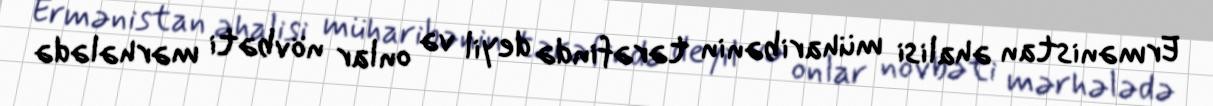
Ermənistan əhalisi müharibənin tərəfində deyil və onlar növbəti mərhələdə